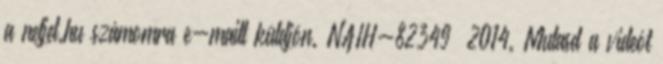
a netjet.hu számomra e-mailt küldjön. NAIH-82349 2014. Mutasd a videót